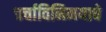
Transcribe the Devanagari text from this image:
चर्चाविनिमयाचे